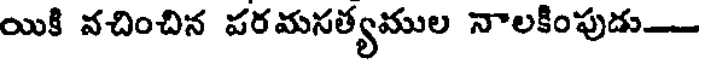
యికి వచించిన పరమసత్యముల నాలకింపుడు-